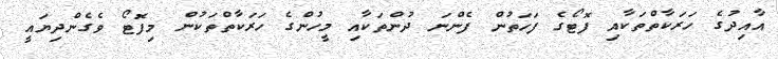
އާއިދުގެ ހަރަކާތްތަކާއި ފޮޓޯގެ ފަހަތުން ފެންނަ ދުންތަކާއި މީހުންގެ ހަރަކާތްތަކުން މިފޮޓޯ ވެގެންދިޔައީ